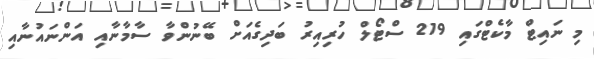
މި ނައިޓް މާކެޓްގައި 219 ސްޓޯލް ހުރިއިރު ބަދިގެއަށް ބޭނުންވާ ސާމާނާއި އަންނައުނާއި